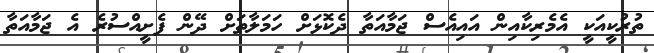
ތުރުކީއަކީ އެމެރިކާއިން އައިއެސް ޖަމާއަތާ ދެކޮޅަށް ހަމަލާތަށް ދޭން ފެށީއްސުރެ އެ ޖަމާއަތާ